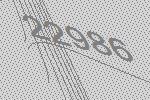
22986